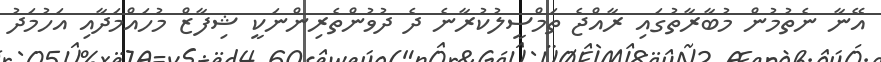
އޭނާ ނެތުމުން މުބާރާތުގައި ރާއްޖެ ތަމްސީލުކުރާނެ ދެ ދުވުންތެރިންނަކީ ޝިފާޒް މުހައްމަދާއި އަހުމަދު